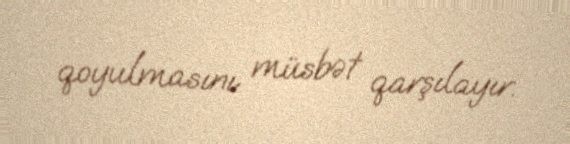
qoyulmasını müsbət qarşılayır.